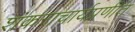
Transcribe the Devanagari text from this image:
शंकराचार्यप्रणीत